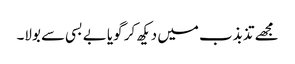
مجھے تذبذب میں دیکھ کر گویا بے بسی سے بولا۔